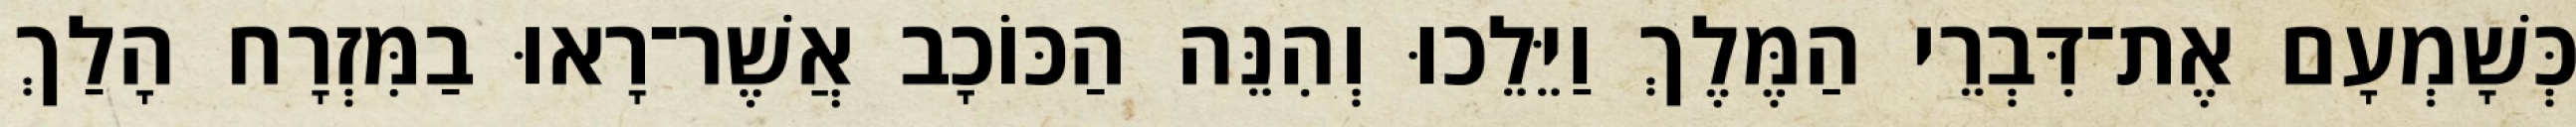
כְּשָׁמְעָם אֶת־דִּבְרֵי הַמֶּלֶךְ וַיֵּלֵכוּ וְהִנֵּה הַכּוֹכָב אֲשֶׁר־רָאוּ בַמִּזְרָח הָלַךְ